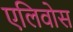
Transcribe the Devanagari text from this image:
एलिवोस